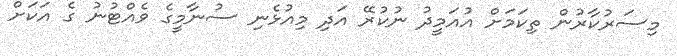
މިސަރުކާރުން ތިކަމަށް އުއަމީދު ނުކުރޭ އަދި މިއުޅެނި ސުނާމީގެ ވެއްޓުނު ގެ އަކަށް